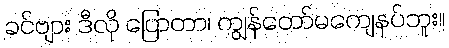
ခင်ဗျား ဒီလို ပြောတာ၊ ကျွန်တော်မကျေနပ်ဘူး။